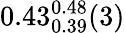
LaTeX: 0.43_{0.39}^{0.48}(3)